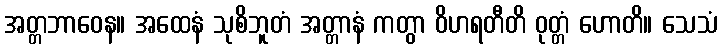
အတ္တဘာဝေန။ အထေနံ သုစိဘူတံ အတ္တာနံ ကတွာ ဝိဟရတီတိ ဝုတ္တံ ဟောတိ။ သေသံ